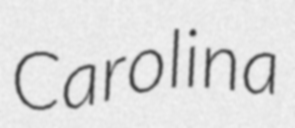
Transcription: Carolina